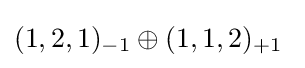
(1,2,1)_{-1}\oplus (1,1,2)_{+1}\